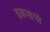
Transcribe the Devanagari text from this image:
इकसपो